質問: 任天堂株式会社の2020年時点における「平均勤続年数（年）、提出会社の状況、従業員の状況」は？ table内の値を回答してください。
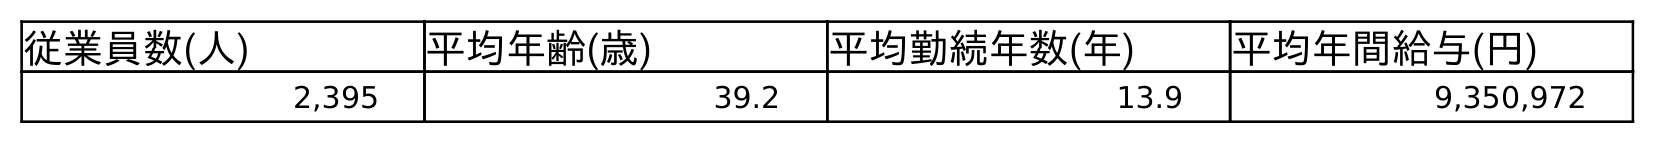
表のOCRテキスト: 従業員数(人) 平均年齢(歳) 平均勤続年数(年) 平均年間給与(円) 2,395 39.2 13.9 9,350,972
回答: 13.9